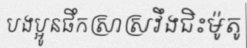
បងប្អូនផឹកស្រាស្រវឹងជិះម៉ូតូ